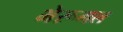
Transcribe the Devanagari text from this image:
भेरूमल